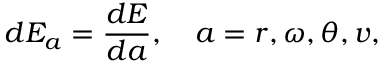
d E _ { a } = \frac { d E } { d a } , \quad a = r , \omega , \theta , \boldsymbol { v } ,